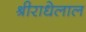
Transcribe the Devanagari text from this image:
श्रीराधेलाल